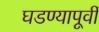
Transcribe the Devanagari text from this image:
घडण्यापूर्वी